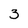
Character: 3